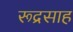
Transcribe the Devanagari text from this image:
रूद्रसाह